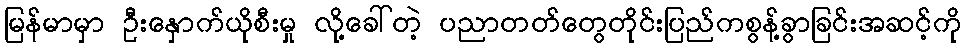
မြန်မာမှာ ဦးနှောက်ယိုစီးမှု လို့ခေါ်တဲ့ ပညာတတ်တွေတိုင်းပြည်ကစွန့်ခွာခြင်းအဆင့်ကို